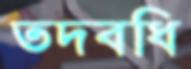
তদবধি